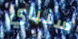
سنباي